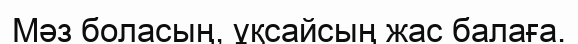
Мәз боласың, ұқсайсың жас балаға.